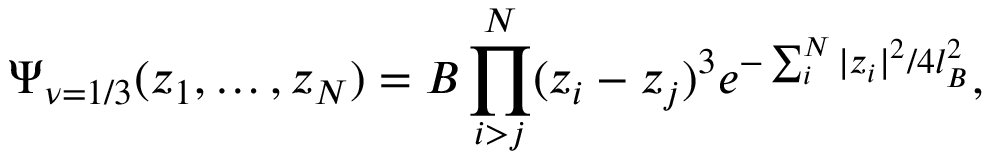
\Psi _ { \nu = 1 / 3 } ( z _ { 1 } , \dots , z _ { N } ) = { \cal { B } } \prod _ { i > j } ^ { N } ( z _ { i } - z _ { j } ) ^ { 3 } e ^ { - \sum _ { i } ^ { N } | z _ { i } | ^ { 2 } / 4 l _ { B } ^ { 2 } } ,